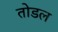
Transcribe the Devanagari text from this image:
तोडल